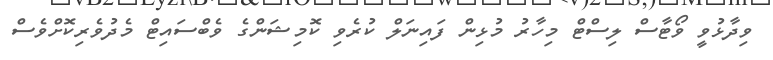
ވިދާޅުވީ ވޯޓާސް ލިސްޓް މިހާރު މުޅިން ފައިނަލް ކުރެވި ކޮމިޝަންގެ ވެބްސައިޓް މެދުވެރިކޮށްވެސް